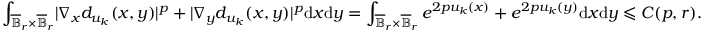
\int _ { \overline { \mathbb { B } } _ { r } \times \overline { \mathbb { B } } _ { r } } \lvert \nabla _ { x } d _ { u _ { k } } ( x , y ) \rvert ^ { p } + \lvert \nabla _ { y } d _ { u _ { k } } ( x , y ) \rvert ^ { p } \mathrm { d } x \mathrm { d } y = \int _ { \overline { \mathbb { B } } _ { r } \times \overline { \mathbb { B } } _ { r } } e ^ { 2 p u _ { k } ( x ) } + e ^ { 2 p u _ { k } ( y ) } \mathrm { d } x \mathrm { d } y \leqslant C ( p , r ) .